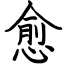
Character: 愈